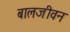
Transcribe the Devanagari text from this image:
बालजीवन